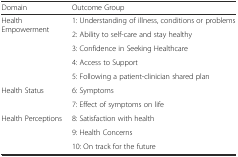
<table><thead><tr><td><b>Domain</b></td><td><b>Outcome Group</b></td></tr></thead><tbody><tr><td rowspan="5">Health Empowerment</td><td>1: Understanding of illness, conditions or problems</td></tr><tr><td>2: Ability to self-care and stay healthy</td></tr><tr><td>3: Confidence in Seeking Healthcare</td></tr><tr><td>4: Access to Support</td></tr><tr><td>5: Following a patient-clinician shared plan</td></tr><tr><td rowspan="2">Health Status</td><td>6: Symptoms</td></tr><tr><td>7: Effect of symptoms on life</td></tr><tr><td rowspan="3">Health Perceptions</td><td>8: Satisfaction with health</td></tr><tr><td>9: Health Concerns</td></tr><tr><td>10: On track for the future</td></tr></tbody></table>